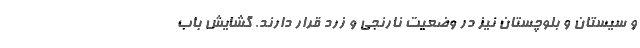
و سیستان و بلوچستان نیز در وضعیت نارنجی و زرد قرار دارند. گشایش باب